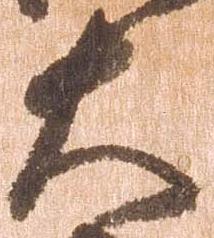
大